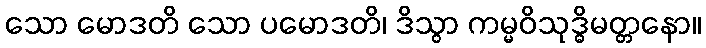
သော မောဒတိ သော ပမောဒတိ၊ ဒိသွာ ကမ္မဝိသုဒ္ဓိမတ္တနော။